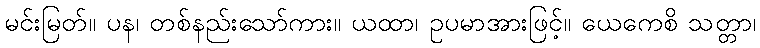
မင်းမြတ်။ ပန၊ တစ်နည်းသော်ကား။ ယထာ၊ ဥပမာအားဖြင့်။ ယေကေစိ သတ္တာ၊